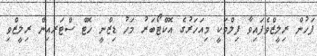
ފަހުން ރިލީޒްވެފައިވާ ފިލްމަކީ މިއަހަރުގެ އޮކްޓޯބަރު މަހު ޑިޒްނީ ހޮޓް ސްޓަރއިން ރިލީޒްވި